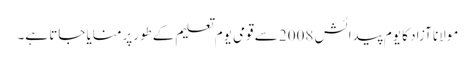
مولانا آزاد کا یوم پیدائش 2008 سے قومی یوم تعلیم کےطورپرمنایا جاتا ہے۔